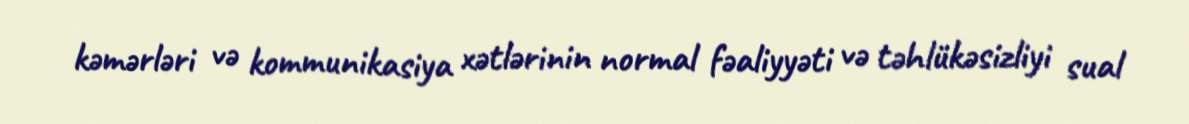
kəmərləri və kommunikasiya xətlərinin normal fəaliyyəti və təhlükəsizliyi sual